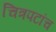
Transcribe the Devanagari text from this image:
चित्रपटांच